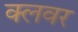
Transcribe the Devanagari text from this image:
क्लवर